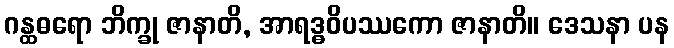
ဂန္ထဓရော ဘိက္ခု ဇာနာတိ, အာရဒ္ဓဝိပဿကော ဇာနာတိ။ ဒေသနာ ပန